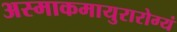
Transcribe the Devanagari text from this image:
अस्माकमायुरारोग्यं